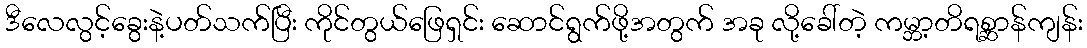
ဒီလေလွင့်ခွေးနဲ့ပတ်သက်ပြီး ကိုင်တွယ်ဖြေရှင်း ဆောင်ရွက်ဖို့အတွက် အခု လို့ခေါ်တဲ့ ကမ္ဘာ့တိရစ္ဆာန်ကျန်း